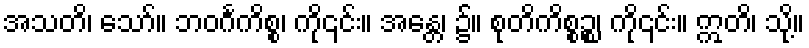
အသတိ၊ သော်။ ဘဝင်္ဂကိစ္စ၊ ကို၎င်း။ အန္တေ၊ ၌။ စုတိကိစ္စဉ္စ၊ ကို၎င်း။ ဣတိ၊ သို့။